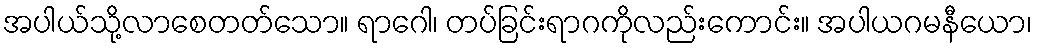
အပါယ်သို့လာစေတတ်သော။ ရာဂေါ၊ တပ်ခြင်းရာဂကိုလည်းကောင်း။ အပါယဂမနီယော၊